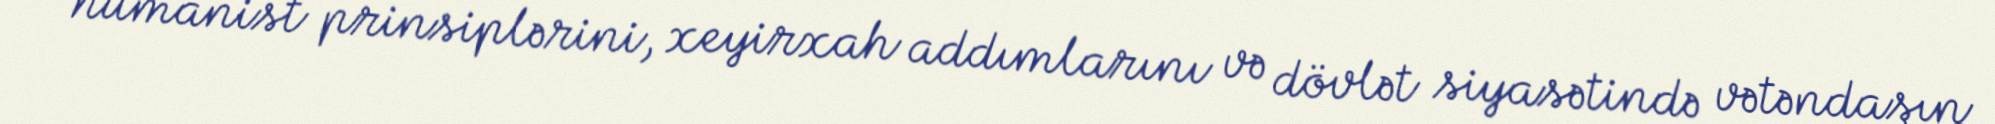
humanist prinsiplərini, xeyirxah addımlarını və dövlət siyasətində vətəndaşın